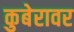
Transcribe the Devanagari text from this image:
कुबेरावर